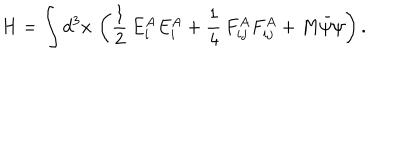
LaTeX: H = \int d ^ { 3 } x \, \left( \frac { 1 } { 2 } \, E _ { i } ^ { A } E _ { i } ^ { A } + \frac { 1 } { 4 } \, F _ { i j } ^ { A } F _ { i j } ^ { A } + M \bar { \psi } \psi \right) .